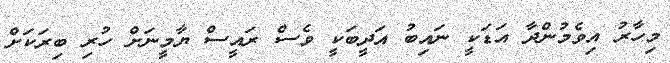
މިހާރު އިވެމުންދާ އަޑަކީ ނައިބު އަދީބަކީ ވެސް ރައީސް ޔާމީނަށް ހުރި ބިރަކަށް